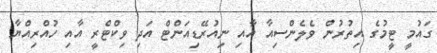
ގައުމީ ޓީމުގެ އިތުރުން ވެލެންސިއާ އާއި ނިއުރޭޑިއަންޓް އަދި ވިކްޓްރީ އާއި ހުއްރިއްޔާ